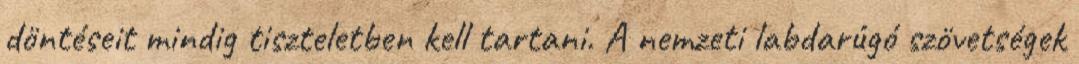
döntéseit mindig tiszteletben kell tartani. A nemzeti labdarúgó szövetségek